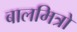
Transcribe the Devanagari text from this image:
बालमित्रो